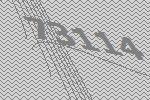
73114